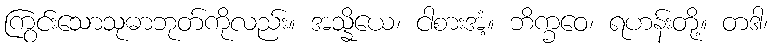
ကြွင်းသောသုဓာဘုတ်ကိုလည်း။ အသ္နိယေ၊ ငါစားအံ့။ ဘိက္ခဝေ၊ ရဟန်းတို့။ တဒါ၊